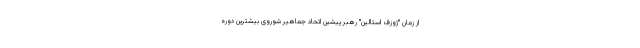
از زمان "ژوزف استالین" رهبر پیشین اتحاد جماهیر شوروی بیشترین دوره